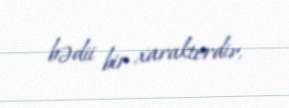
bədii bir xarakterdir.